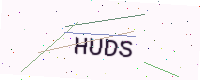
Text: HUDS